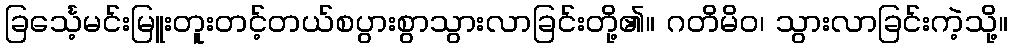
ခြင်္သေ့မင်းမြူးတူးတင့်တယ်စပွားစွာသွားလာခြင်းတို့၏။ ဂတိမိဝ၊ သွားလာခြင်းကဲ့သို့။